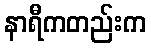
နာရီကတည်းက